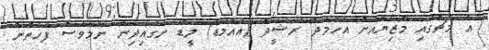
އެ މެޗުގައި މާޒިޔާއަށް އަހްމަދު ރަޝީދު (އައްމަޑޭ) ލީޑު ނަގައިދިން ނަމަވެސް ފަހަތުން